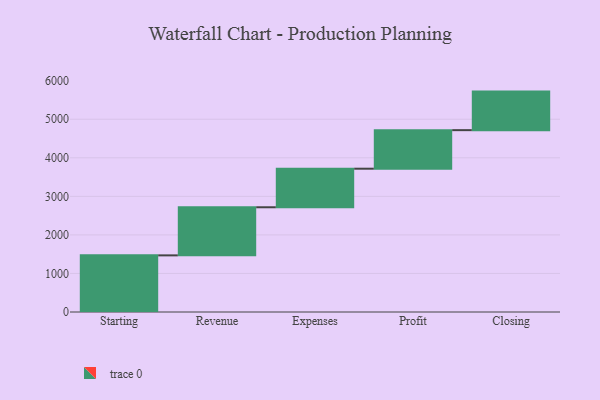
{"axis": {"x": "Step", "y": "Value"}, "legend": [""], "data": [{"x": "Starting", "y": 1469.0, "type": ""}, {"x": "Revenue", "y": 1248.0, "type": ""}, {"x": "Expenses", "y": 1000, "type": ""}, {"x": "Profit", "y": 1000, "type": ""}, {"x": "Closing", "y": 1000, "type": ""}]}